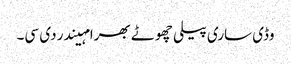
وڈی ساری پیلی چھوٹے بھرا مہیندر دی سی۔